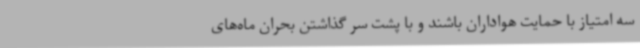
سه امتیاز با حمایت هواداران باشند و با پشت سر گذاشتن بحران ماه‌های